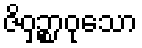
ဇိဝှဉ္စာဝုသော